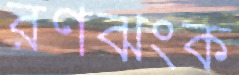
রণঝংক